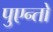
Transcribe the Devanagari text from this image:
पुएन्तो